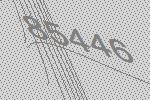
85446